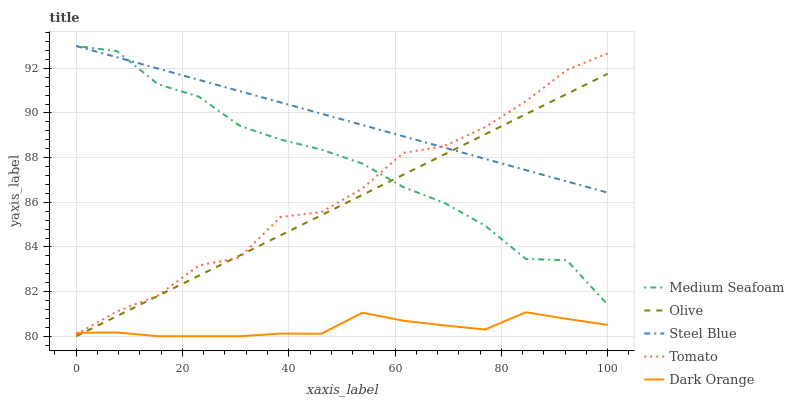
| xaxis_label | Medium Seafoam | Olive | Steel Blue | Tomato | Dark Orange |
 | --- | --- | --- | --- | --- | --- |
 | 0 | 93 | 80 | 93 | 80.1 | 80.2 |
 | 7.69 | 92.8 | 80.9 | 92.5 | 81.1 | 80.2 |
 | 15.4 | 91.3 | 81.8 | 92 | 81.8 | 80 |
 | 23.1 | 90.7 | 82.7 | 91.5 | 83.2 | 80 |
 | 30.8 | 89.4 | 83.6 | 91 | 83.5 | 80 |
 | 38.5 | 88.8 | 84.5 | 90.5 | 85.3 | 80.1 |
 | 46.2 | 88.4 | 85.4 | 90 | 85.6 | 80.1 |
 | 53.8 | 87.7 | 86.3 | 89.5 | 86.6 | 81.1 |
 | 61.5 | 86.7 | 87.2 | 89 | 88.2 | 80.7 |
 | 69.2 | 86 | 88.1 | 88.5 | 88.5 | 80.5 |
 | 76.9 | 85 | 89 | 87.9 | 89.4 | 80.3 |
 | 84.6 | 83.5 | 89.9 | 87.4 | 90.5 | 81.1 |
 | 92.3 | 83.4 | 90.9 | 86.9 | 91.9 | 80.8 |
 | 100 | 81.4 | 91.8 | 86.4 | 92.7 | 80.5 |